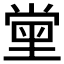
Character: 𡮝